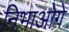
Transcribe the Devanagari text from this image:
निभाओगे